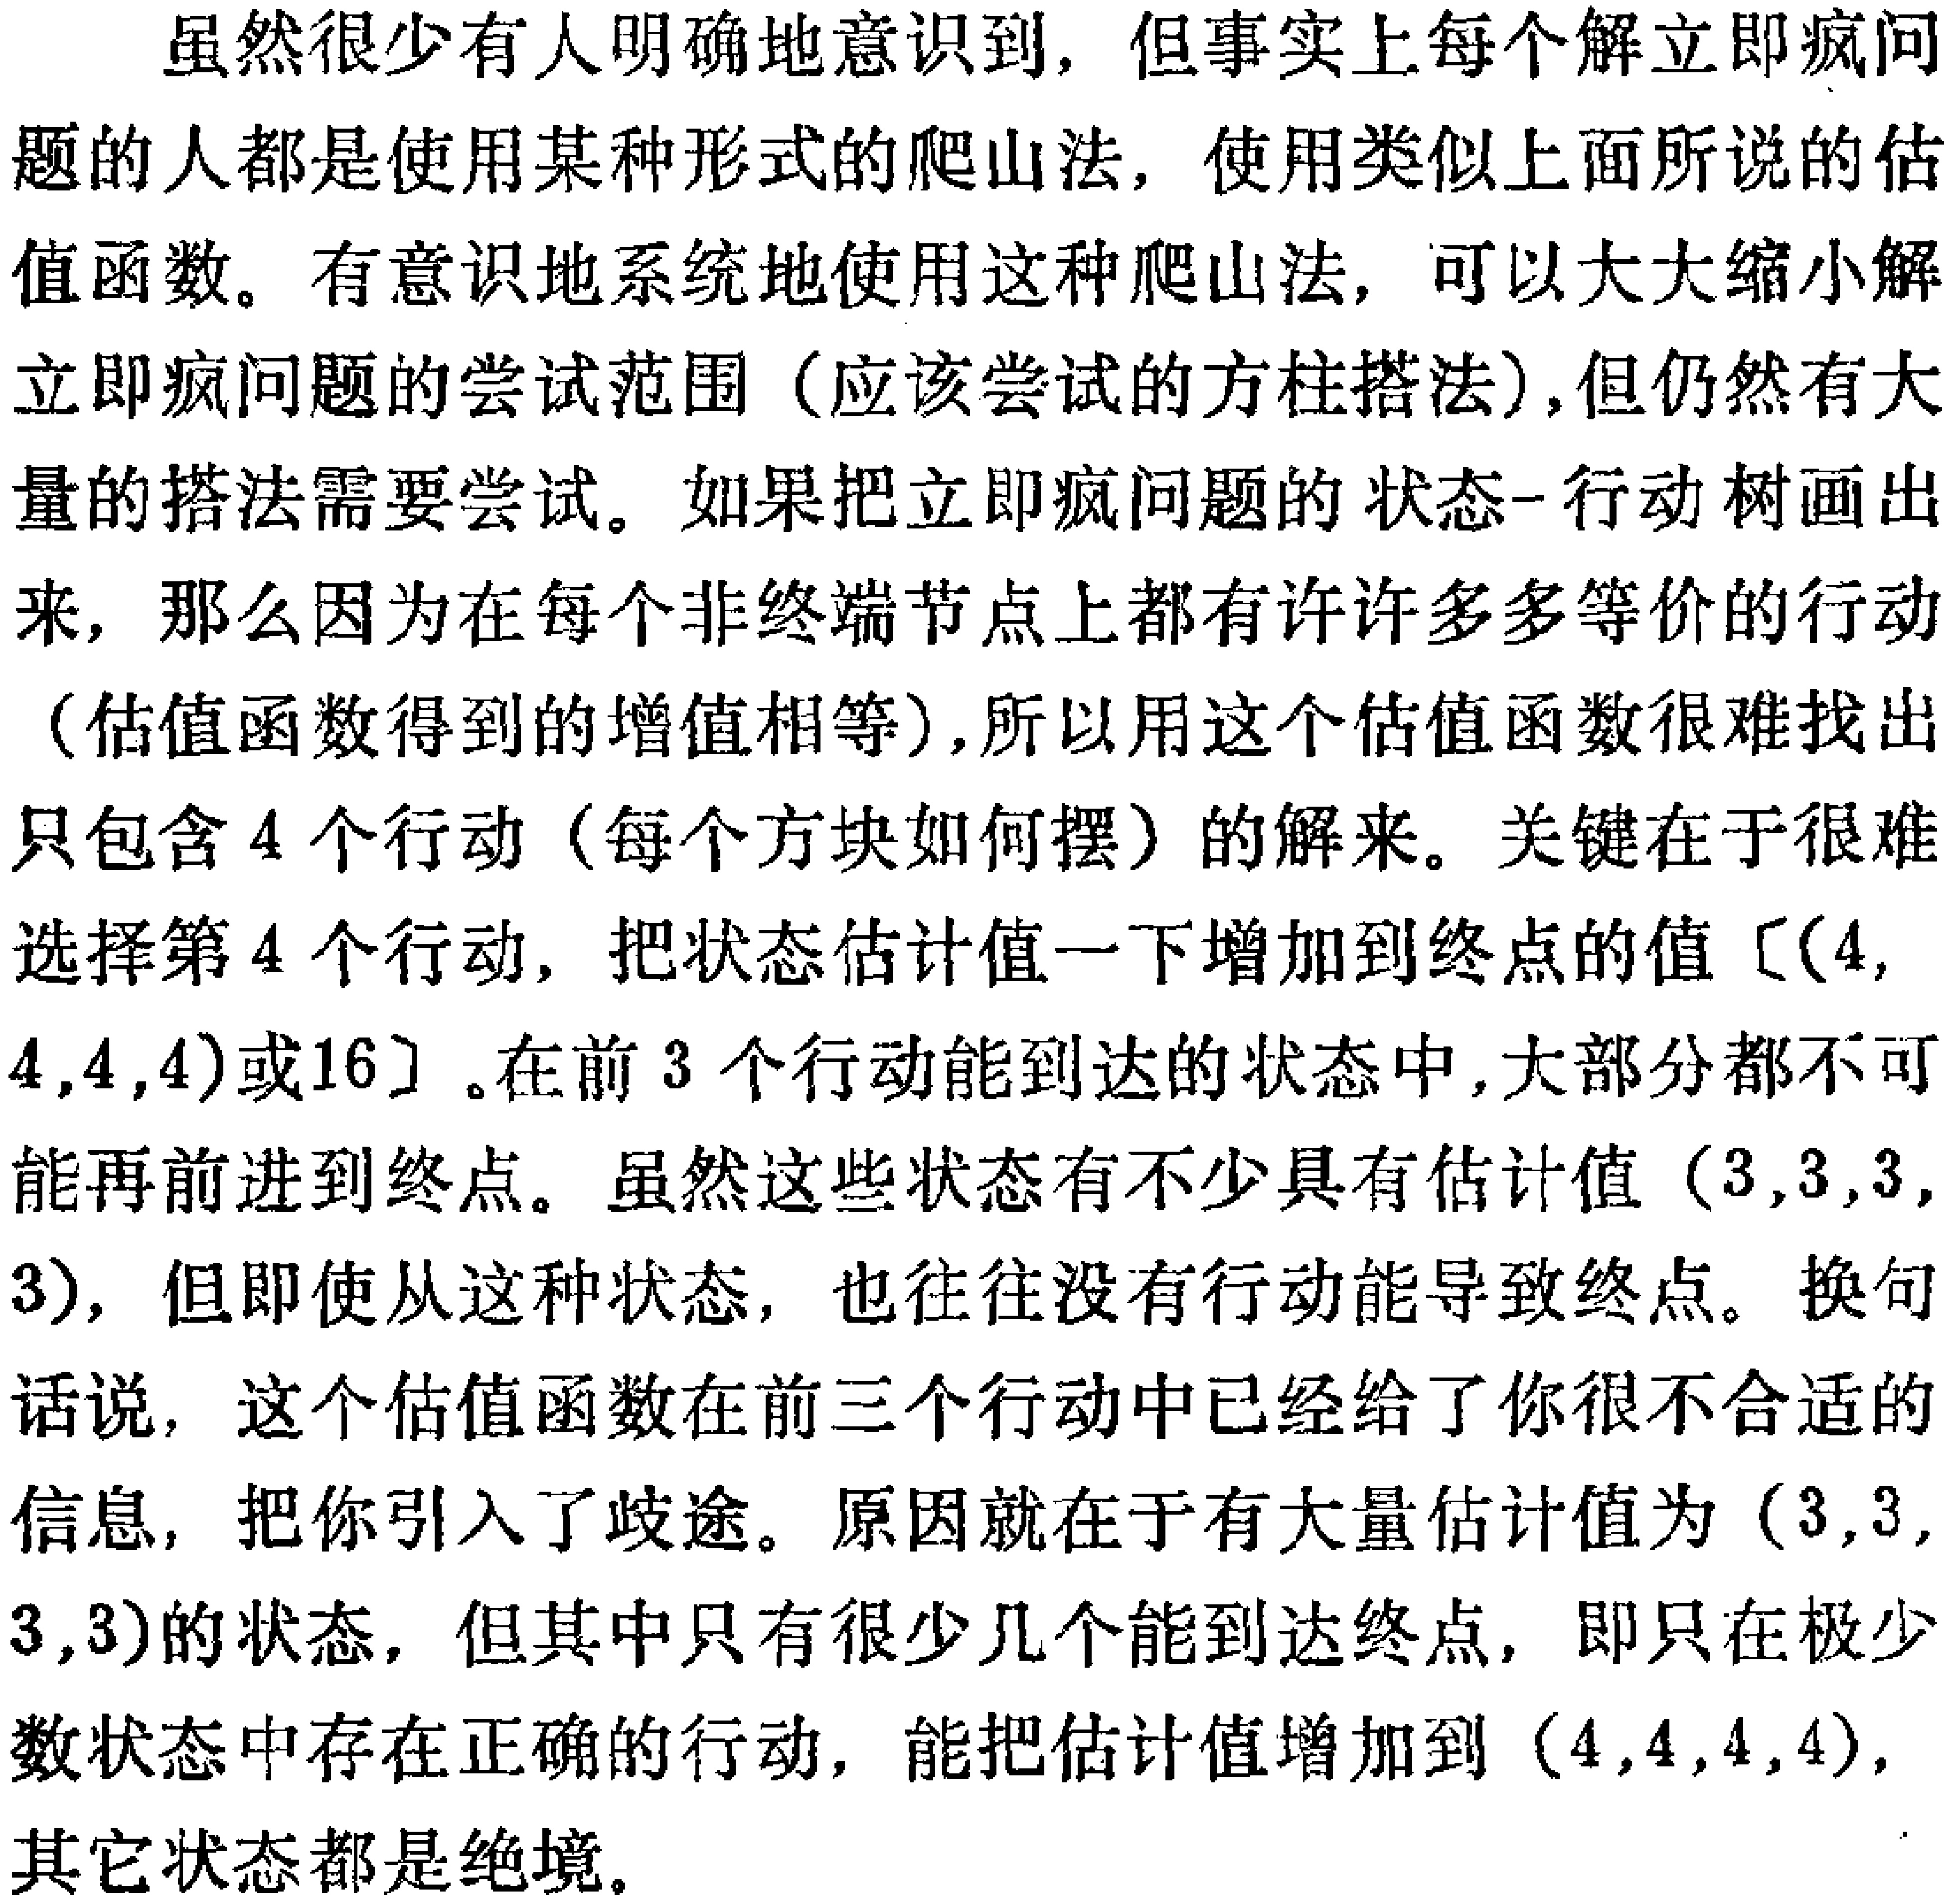
虽然很少有人明确地意识到，但事实上每个解立即疯问

题的人都是使用某种形式的爬山法，使用类似上面所说的估

值函数。有意识地系统地使用这种爬山法，可以大大缩小解

立即疯问题的尝试范围（应该尝试的方柱搭法),但仍然有大

量的搭法需要尝试。如果把立即疯问题的状态-行动树画出

来，那么因为在每个非终端节点上都有许许多多等价的行动

（估值函数得到的增值相等),所以用这个估值函数很难找出

只包含 4 个行动（每个方块如何摆）的解来。关键在于很难

选择第 4 个行动，把状态估计值一下增加到终点的值〔(4,

4,4,4)或16〕。在前 3 个行动能到达的状态中,大部分都不可

能再前进到终点。虽然这些状态有不少具有估计值$(3,3,3,$

3)，但即使从这种状态，也往往没有行动能导致终点。换句

话说，这个估值函数在前三个行动中已经给了你很不合适的

信息，把你引入了歧途。原因就在于有大量估计值为$(3,3,$

$3,3)$的状态，但其中只有很少几个能到达终点，即只在极少

数状态中存在正确的行动，能把估计值增加到$(4,4,4,4),$

其它状态都是绝境。